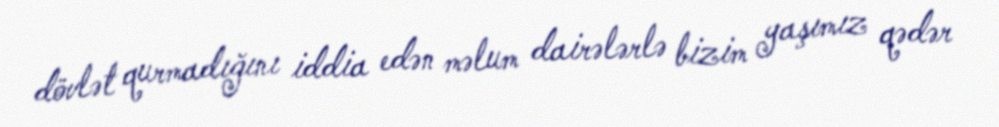
dövlət qurmadığını iddia edən məlum dairələrlə bizim yaşımız qədər